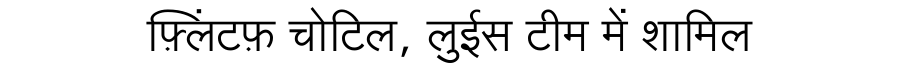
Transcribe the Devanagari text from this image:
फ़्लिंटफ़ चोटिल, लुईस टीम में शामिल